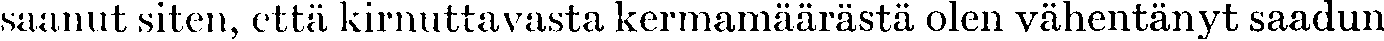
saanut siten, että kirnuttavasta kermamäärästä olen vähentänyt saadun